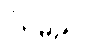
ကြမည်။